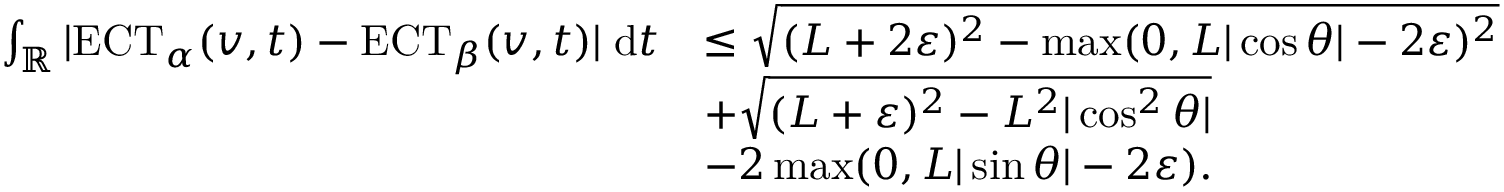
\begin{array} { r l } { \int _ { \mathbb { R } } | \mathrm { E C T } _ { \alpha } ( v , t ) - \mathrm { E C T } _ { \beta } ( v , t ) | \; \mathrm { d } t } & { \leq \sqrt { ( L + 2 \varepsilon ) ^ { 2 } - \operatorname* { m a x } ( 0 , L | \cos \theta | - 2 \varepsilon ) ^ { 2 } } } \\ & { + \sqrt { ( L + \varepsilon ) ^ { 2 } - L ^ { 2 } | \cos ^ { 2 } \theta | } } \\ & { - 2 \operatorname* { m a x } ( 0 , L | \sin \theta | - 2 \varepsilon ) . } \end{array}